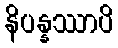
နိပန္နဿာပိ